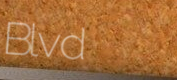
Blvd